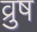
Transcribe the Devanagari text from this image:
व्रुष